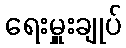
ရေးမှူးချုပ်